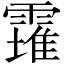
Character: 𩅚